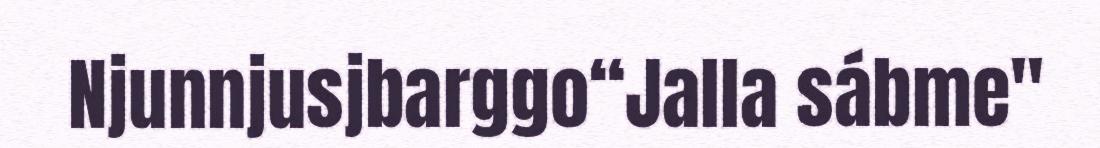
Njunnjusjbarggo“Jalla sábme"